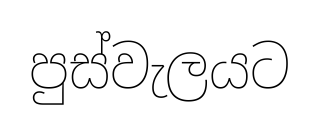
පුස්වැලයට